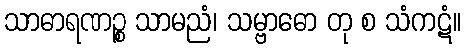
သာဓာရဏဉ္စ သာမညံ၊ သမ္ဗာဓော တု စ သံကဋံ။